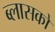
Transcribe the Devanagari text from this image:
ब्लासको